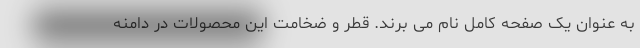
به عنوان یک صفحه کامل نام می برند. قطر و ضخامت این محصولات در دامنه